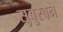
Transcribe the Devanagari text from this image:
सुबुरबन